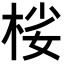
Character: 𣒹